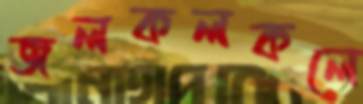
জলকলকলে